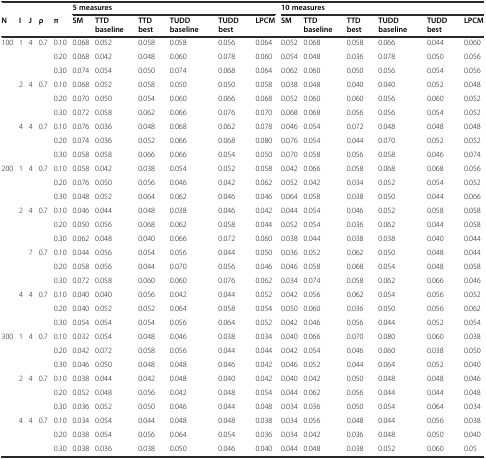
<table><thead><tr><td>[EMPTY_CELL]</td><td>[EMPTY_CELL]</td><td>[EMPTY_CELL]</td><td>[EMPTY_CELL]</td><td>[EMPTY_CELL]</td><td colspan="6"><b>5 measures</b></td><td colspan="6"><b>10 measures</b></td></tr><tr><td><b>N</b></td><td><b>I</b></td><td><b>J</b></td><td><b>ρ</b></td><td><b>π</b></td><td><b>SM</b></td><td><b>TTD baseline</b></td><td><b>TTD best</b></td><td><b>TUDD baseline</b></td><td><b>TUDD best</b></td><td><b>LPCM</b></td><td><b>SM</b></td><td><b>TTD baseline</b></td><td><b>TTD best</b></td><td><b>TUDD baseline</b></td><td><b>TUDD best</b></td><td><b>LPCM</b></td></tr></thead><tbody><tr><td>100</td><td>1</td><td>4</td><td>0.7</td><td>0.10</td><td>0.068</td><td>0.052</td><td>0.058</td><td>0.058</td><td>0.056</td><td>0.064</td><td>0.052</td><td>0.068</td><td>0.058</td><td>0.066</td><td>0.044</td><td>0.060</td></tr><tr><td>[EMPTY_CELL]</td><td>[EMPTY_CELL]</td><td>[EMPTY_CELL]</td><td>[EMPTY_CELL]</td><td>0.20</td><td>0.068</td><td>0.042</td><td>0.048</td><td>0.060</td><td>0.078</td><td>0.060</td><td>0.054</td><td>0.048</td><td>0.036</td><td>0.078</td><td>0.050</td><td>0.056</td></tr><tr><td>[EMPTY_CELL]</td><td>[EMPTY_CELL]</td><td>[EMPTY_CELL]</td><td>[EMPTY_CELL]</td><td>0.30</td><td>0.074</td><td>0.054</td><td>0.050</td><td>0.074</td><td>0.068</td><td>0.064</td><td>0.062</td><td>0.060</td><td>0.050</td><td>0.056</td><td>0.054</td><td>0.056</td></tr><tr><td>[EMPTY_CELL]</td><td>2</td><td>4</td><td>0.7</td><td>0.10</td><td>0.068</td><td>0.052</td><td>0.058</td><td>0.050</td><td>0.050</td><td>0.058</td><td>0.038</td><td>0.048</td><td>0.040</td><td>0.040</td><td>0.052</td><td>0.048</td></tr><tr><td>[EMPTY_CELL]</td><td>[EMPTY_CELL]</td><td>[EMPTY_CELL]</td><td>[EMPTY_CELL]</td><td>0.20</td><td>0.070</td><td>0.050</td><td>0.054</td><td>0.060</td><td>0.066</td><td>0.068</td><td>0.052</td><td>0.060</td><td>0.060</td><td>0.056</td><td>0.060</td><td>0.052</td></tr><tr><td>[EMPTY_CELL]</td><td>[EMPTY_CELL]</td><td>[EMPTY_CELL]</td><td>[EMPTY_CELL]</td><td>0.30</td><td>0.072</td><td>0.058</td><td>0.062</td><td>0.066</td><td>0.076</td><td>0.070</td><td>0.068</td><td>0.068</td><td>0.056</td><td>0.056</td><td>0.054</td><td>0.052</td></tr><tr><td>[EMPTY_CELL]</td><td>4</td><td>4</td><td>0.7</td><td>0.10</td><td>0.076</td><td>0.036</td><td>0.048</td><td>0.068</td><td>0.062</td><td>0.078</td><td>0.046</td><td>0.054</td><td>0.072</td><td>0.048</td><td>0.048</td><td>0.048</td></tr><tr><td>[EMPTY_CELL]</td><td>[EMPTY_CELL]</td><td>[EMPTY_CELL]</td><td>[EMPTY_CELL]</td><td>0.20</td><td>0.074</td><td>0.036</td><td>0.052</td><td>0.066</td><td>0.068</td><td>0.080</td><td>0.076</td><td>0.054</td><td>0.044</td><td>0.070</td><td>0.052</td><td>0.052</td></tr><tr><td>[EMPTY_CELL]</td><td>[EMPTY_CELL]</td><td>[EMPTY_CELL]</td><td>[EMPTY_CELL]</td><td>0.30</td><td>0.058</td><td>0.058</td><td>0.066</td><td>0.066</td><td>0.054</td><td>0.050</td><td>0.070</td><td>0.058</td><td>0.056</td><td>0.058</td><td>0.046</td><td>0.074</td></tr><tr><td>200</td><td>1</td><td>4</td><td>0.7</td><td>0.10</td><td>0.058</td><td>0.042</td><td>0.038</td><td>0.054</td><td>0.052</td><td>0.058</td><td>0.042</td><td>0.066</td><td>0.058</td><td>0.068</td><td>0.068</td><td>0.056</td></tr><tr><td>[EMPTY_CELL]</td><td>[EMPTY_CELL]</td><td>[EMPTY_CELL]</td><td>[EMPTY_CELL]</td><td>0.20</td><td>0.076</td><td>0.050</td><td>0.056</td><td>0.046</td><td>0.042</td><td>0.062</td><td>0.052</td><td>0.042</td><td>0.034</td><td>0.052</td><td>0.054</td><td>0.052</td></tr><tr><td>[EMPTY_CELL]</td><td>[EMPTY_CELL]</td><td>[EMPTY_CELL]</td><td>[EMPTY_CELL]</td><td>0.30</td><td>0.048</td><td>0.052</td><td>0.064</td><td>0.062</td><td>0.046</td><td>0.046</td><td>0.064</td><td>0.058</td><td>0.038</td><td>0.050</td><td>0.044</td><td>0.066</td></tr><tr><td>[EMPTY_CELL]</td><td>2</td><td>4</td><td>0.7</td><td>0.10</td><td>0.046</td><td>0.044</td><td>0.048</td><td>0.038</td><td>0.046</td><td>0.042</td><td>0.044</td><td>0.054</td><td>0.046</td><td>0.052</td><td>0.058</td><td>0.058</td></tr><tr><td>[EMPTY_CELL]</td><td>[EMPTY_CELL]</td><td>[EMPTY_CELL]</td><td>[EMPTY_CELL]</td><td>0.20</td><td>0.050</td><td>0.056</td><td>0.068</td><td>0.062</td><td>0.058</td><td>0.044</td><td>0.052</td><td>0.054</td><td>0.036</td><td>0.062</td><td>0.044</td><td>0.058</td></tr><tr><td>[EMPTY_CELL]</td><td>[EMPTY_CELL]</td><td>[EMPTY_CELL]</td><td>[EMPTY_CELL]</td><td>0.30</td><td>0.062</td><td>0.048</td><td>0.040</td><td>0.066</td><td>0.072</td><td>0.060</td><td>0.038</td><td>0.044</td><td>0.038</td><td>0.038</td><td>0.040</td><td>0.044</td></tr><tr><td>[EMPTY_CELL]</td><td>[EMPTY_CELL]</td><td>7</td><td>0.7</td><td>0.10</td><td>0.044</td><td>0.056</td><td>0.054</td><td>0.056</td><td>0.044</td><td>0.050</td><td>0.036</td><td>0.052</td><td>0.062</td><td>0.050</td><td>0.048</td><td>0.044</td></tr><tr><td>[EMPTY_CELL]</td><td>[EMPTY_CELL]</td><td>[EMPTY_CELL]</td><td>[EMPTY_CELL]</td><td>0.20</td><td>0.058</td><td>0.056</td><td>0.044</td><td>0.070</td><td>0.056</td><td>0.046</td><td>0.046</td><td>0.058</td><td>0.068</td><td>0.054</td><td>0.048</td><td>0.058</td></tr><tr><td>[EMPTY_CELL]</td><td>[EMPTY_CELL]</td><td>[EMPTY_CELL]</td><td>[EMPTY_CELL]</td><td>0.30</td><td>0.072</td><td>0.058</td><td>0.060</td><td>0.060</td><td>0.076</td><td>0.062</td><td>0.034</td><td>0.074</td><td>0.058</td><td>0.062</td><td>0.066</td><td>0.046</td></tr><tr><td>[EMPTY_CELL]</td><td>4</td><td>4</td><td>0.7</td><td>0.10</td><td>0.040</td><td>0.040</td><td>0.056</td><td>0.042</td><td>0.044</td><td>0.052</td><td>0.042</td><td>0.056</td><td>0.062</td><td>0.054</td><td>0.056</td><td>0.052</td></tr><tr><td>[EMPTY_CELL]</td><td>[EMPTY_CELL]</td><td>[EMPTY_CELL]</td><td>[EMPTY_CELL]</td><td>0.20</td><td>0.040</td><td>0.052</td><td>0.052</td><td>0.064</td><td>0.058</td><td>0.054</td><td>0.050</td><td>0.060</td><td>0.036</td><td>0.050</td><td>0.056</td><td>0.062</td></tr><tr><td>[EMPTY_CELL]</td><td>[EMPTY_CELL]</td><td>[EMPTY_CELL]</td><td>[EMPTY_CELL]</td><td>0.30</td><td>0.054</td><td>0.054</td><td>0.054</td><td>0.056</td><td>0.064</td><td>0.052</td><td>0.042</td><td>0.046</td><td>0.056</td><td>0.044</td><td>0.052</td><td>0.054</td></tr><tr><td>300</td><td>1</td><td>4</td><td>0.7</td><td>0.10</td><td>0.032</td><td>0.054</td><td>0.048</td><td>0.046</td><td>0.038</td><td>0.034</td><td>0.040</td><td>0.066</td><td>0.070</td><td>0.080</td><td>0.060</td><td>0.038</td></tr><tr><td>[EMPTY_CELL]</td><td>[EMPTY_CELL]</td><td>[EMPTY_CELL]</td><td>[EMPTY_CELL]</td><td>0.20</td><td>0.042</td><td>0.072</td><td>0.058</td><td>0.056</td><td>0.044</td><td>0.044</td><td>0.042</td><td>0.054</td><td>0.046</td><td>0.060</td><td>0.038</td><td>0.050</td></tr><tr><td>[EMPTY_CELL]</td><td>[EMPTY_CELL]</td><td>[EMPTY_CELL]</td><td>[EMPTY_CELL]</td><td>0.30</td><td>0.046</td><td>0.050</td><td>0.048</td><td>0.048</td><td>0.046</td><td>0.042</td><td>0.046</td><td>0.052</td><td>0.044</td><td>0.064</td><td>0.052</td><td>0.040</td></tr><tr><td>[EMPTY_CELL]</td><td>2</td><td>4</td><td>0.7</td><td>0.10</td><td>0.038</td><td>0.044</td><td>0.042</td><td>0.048</td><td>0.040</td><td>0.042</td><td>0.040</td><td>0.042</td><td>0.050</td><td>0.048</td><td>0.048</td><td>0.046</td></tr><tr><td>[EMPTY_CELL]</td><td>[EMPTY_CELL]</td><td>[EMPTY_CELL]</td><td>[EMPTY_CELL]</td><td>0.20</td><td>0.052</td><td>0.048</td><td>0.056</td><td>0.042</td><td>0.048</td><td>0.054</td><td>0.044</td><td>0.062</td><td>0.056</td><td>0.044</td><td>0.044</td><td>0.048</td></tr><tr><td>[EMPTY_CELL]</td><td>[EMPTY_CELL]</td><td>[EMPTY_CELL]</td><td>[EMPTY_CELL]</td><td>0.30</td><td>0.036</td><td>0.052</td><td>0.050</td><td>0.046</td><td>0.044</td><td>0.048</td><td>0.034</td><td>0.036</td><td>0.050</td><td>0.054</td><td>0.064</td><td>0.034</td></tr><tr><td>[EMPTY_CELL]</td><td>4</td><td>4</td><td>0.7</td><td>0.10</td><td>0.034</td><td>0.054</td><td>0.044</td><td>0.048</td><td>0.048</td><td>0.038</td><td>0.034</td><td>0.056</td><td>0.048</td><td>0.044</td><td>0.056</td><td>0.038</td></tr><tr><td>[EMPTY_CELL]</td><td>[EMPTY_CELL]</td><td>[EMPTY_CELL]</td><td>[EMPTY_CELL]</td><td>0.20</td><td>0.038</td><td>0.054</td><td>0.056</td><td>0.064</td><td>0.054</td><td>0.036</td><td>0.034</td><td>0.042</td><td>0.036</td><td>0.048</td><td>0.050</td><td>0.040</td></tr><tr><td>[EMPTY_CELL]</td><td>[EMPTY_CELL]</td><td>[EMPTY_CELL]</td><td>[EMPTY_CELL]</td><td>0.30</td><td>0.038</td><td>0.036</td><td>0.038</td><td>0.050</td><td>0.046</td><td>0.040</td><td>0.044</td><td>0.048</td><td>0.038</td><td>0.052</td><td>0.060</td><td>0.05</td></tr></tbody></table>